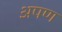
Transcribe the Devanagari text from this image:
अपण